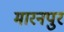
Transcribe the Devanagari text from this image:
मारनपुर